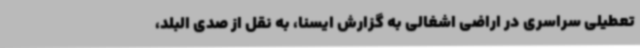
تعطیلی سراسری در اراضی اشغالی به گزارش ایسنا، به نقل از صدی البلد،